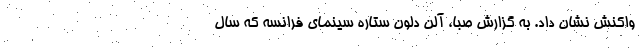
واکنش نشان داد. به گزارش صبا، آلن دلون ستاره سینمای فرانسه که سال